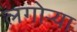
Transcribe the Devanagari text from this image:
लगोर्‍या